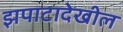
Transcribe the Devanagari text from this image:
झपाटादेखील